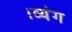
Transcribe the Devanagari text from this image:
।व्यंग